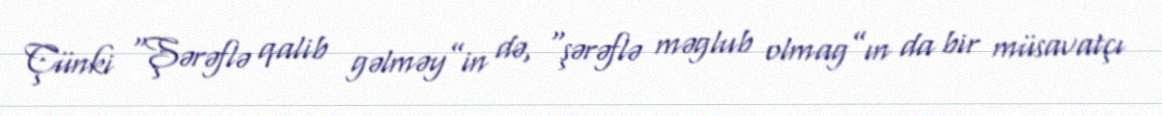
Çünki “Şərəflə qalib gəlməy”in də, “şərəflə məglub olmag”ın da bir müsavatçı